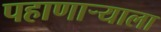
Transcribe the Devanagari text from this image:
पहाणार्‍याला